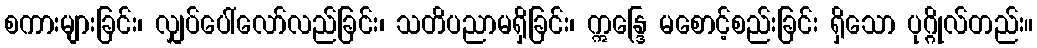
စကားများခြင်း၊ လျှပ်ပေါ်လော်လည်ခြင်း၊ သတိပညာမရှိခြင်း၊ ဣန္ဒြေ မစောင့်စည်းခြင်း ရှိသော ပုဂ္ဂိုလ်တည်း။